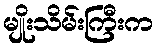
မျိုးသိမ်းကြီးက